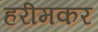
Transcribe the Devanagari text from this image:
हरीमकर